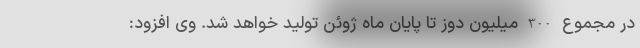
در مجموع 300 میلیون دوز تا پایان ماه ژوئن تولید خواهد شد. وی افزود: